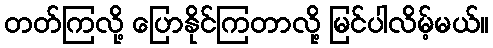
တတ်ကြလို့ ပြောနိုင်ကြတာလို့ မြင်ပါလိမ့်မယ်။